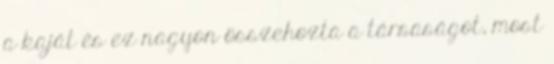
a kaját és ez nagyon összehozta a társaságot, most